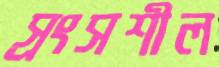
স্রংসশীল